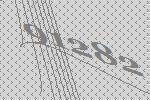
91282